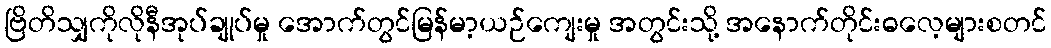
ဗြိတိသျှကိုလိုနီအုပ်ချုပ်မှု အောက်တွင်မြန်မာ့ယဉ်ကျေးမှု အတွင်းသို့ အနောက်တိုင်းဓလေ့များစတင်